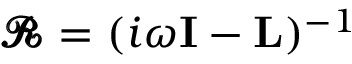
\pmb { \mathcal { R } } = ( i \omega \mathbf { I } - \mathbf { L } ) ^ { - 1 }